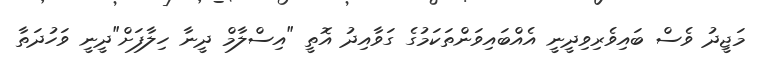
މަޖީދު ވެސް ބައިވެރިވިދީނީ އެއްބައިވަންތަކަމުގެ ގަވާއިދު އޮތީ "އިސްލާމް ދީނާ ހިލާފަށް"ދީނީ ވަހުދަތާ